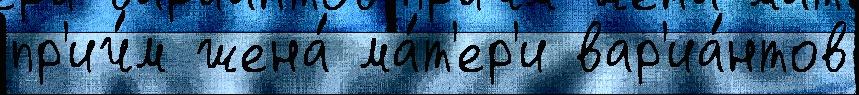
пр'ич́м жена́ ма́т'ер'и вар'иа́нтов